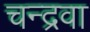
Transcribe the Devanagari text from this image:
चन्द्रवा